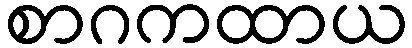
စာဂကထာယ